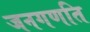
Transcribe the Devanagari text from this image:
जनगणति